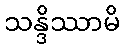
သန္ဒိဿာမိ